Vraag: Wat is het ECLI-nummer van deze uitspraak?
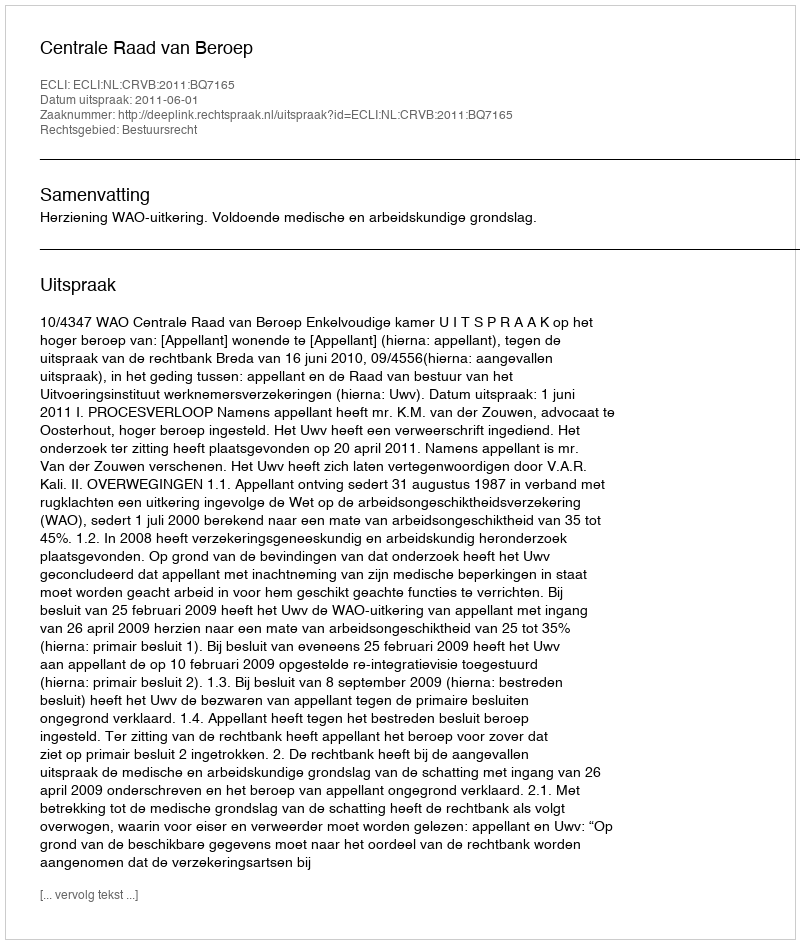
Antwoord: ECLI:NL:CRVB:2011:BQ7165